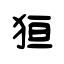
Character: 狟